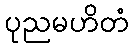
ပုညမဟိတံ